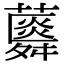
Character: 𧂌